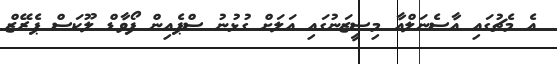
އެ މެޗުގައި އާސެނަލްއާ މިސީޒަނުގައި އަލަށް ގުޅުނު ސްޕެއިން ފޯވާޑް ލޫކަސް ޕެރޭޒް